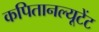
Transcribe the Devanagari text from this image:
कपितानल्यूटेंट